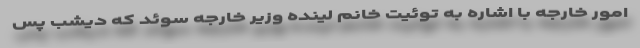
امور خارجه با اشاره به توئیت خانم لینده وزیر خارجه سوئد که دیشب پس